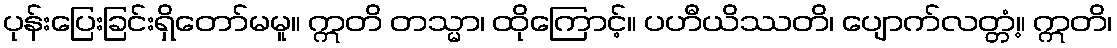
ပုန်းပြေးခြင်းရှိတော်မမူ။ ဣတိ တသ္မာ၊ ထိုကြောင့်။ ပဟီယိဿတိ၊ ပျောက်လတ္တံ့။ ဣတိ၊